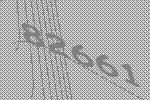
82661